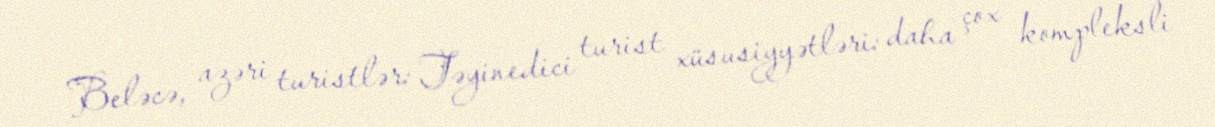
Beləcə, azəri turistlər: Təyinedici turist xüsusiyyətləri: daha çox kompleksli